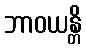
ဘာဝယန္တိ